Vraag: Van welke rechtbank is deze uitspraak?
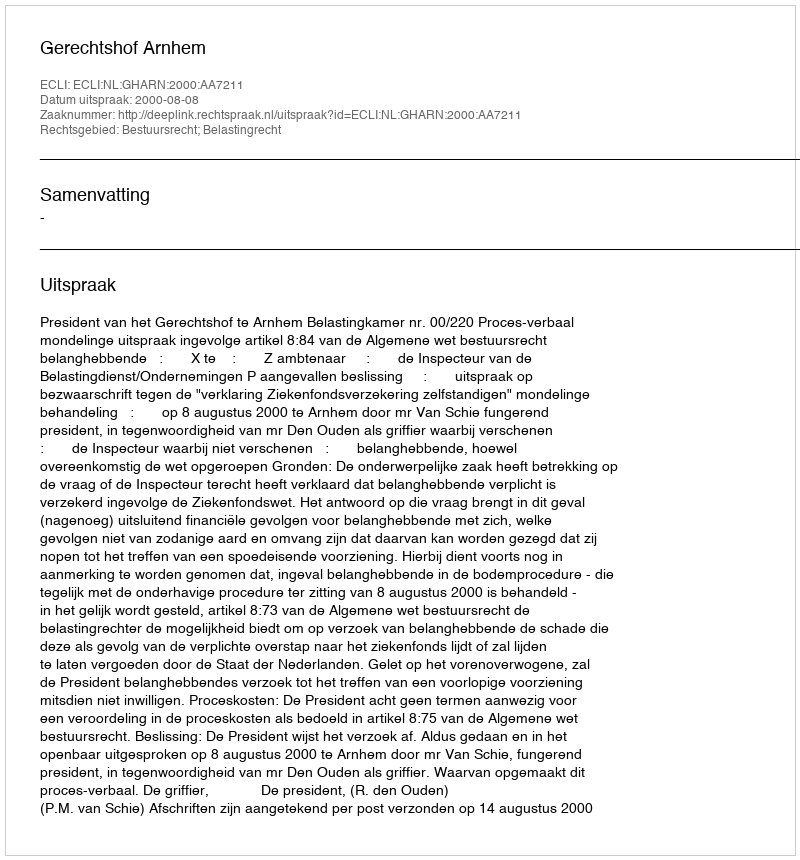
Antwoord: Gerechtshof Arnhem